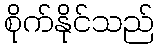
စိုက်နိုင်သည်